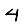
Digit: 4